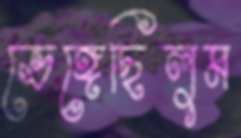
ভেঙ্গেছিলুম